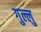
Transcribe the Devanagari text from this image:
गुल्लु